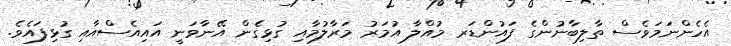
އެހެންނަމަވެސް ތާލިބާނުންގެ ފައުންޑަރ މުއްލާ އުމަރު މަރާލުމާއި ގުޅިގެން އޭނާވަނީ އައިއެސްއާއި ގުޅިފައެވެ.